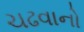
ચઢવાનો